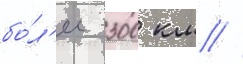
бо́л'ее 300 км //